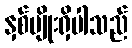
နှစ်မျိုးရှိပါသည်